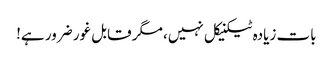
بات زیادہ ٹیکنیکل نہیں، مگر قابل غور ضرور ہے!